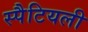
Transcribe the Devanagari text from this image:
स्पैटियली